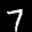
Label: 7